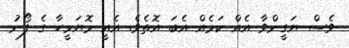
ވެސް ޔަގީންވާ އެއް ކަމެއް އެބަ އޮތެވެ. އެއީ މޮޔަމީހާ ގެ ފޯނު